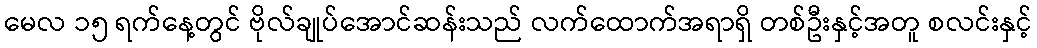
မေလ ၁၅ ရက်နေ့တွင် ဗိုလ်ချုပ်အောင်ဆန်းသည် လက်ထောက်အရာရှိ တစ်ဦးနှင့်အတူ စလင်းနှင့်